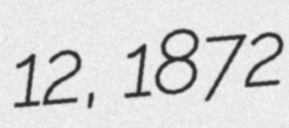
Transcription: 12, 1872